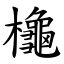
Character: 櫷